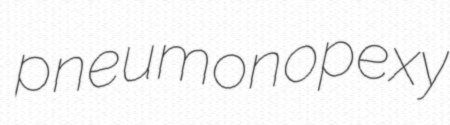
pneumonopexy